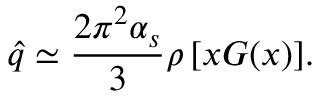
\widehat { q } \simeq { \frac { 2 \pi ^ { 2 } \alpha _ { s } } { 3 } } \rho \, [ x G ( x ) ] .